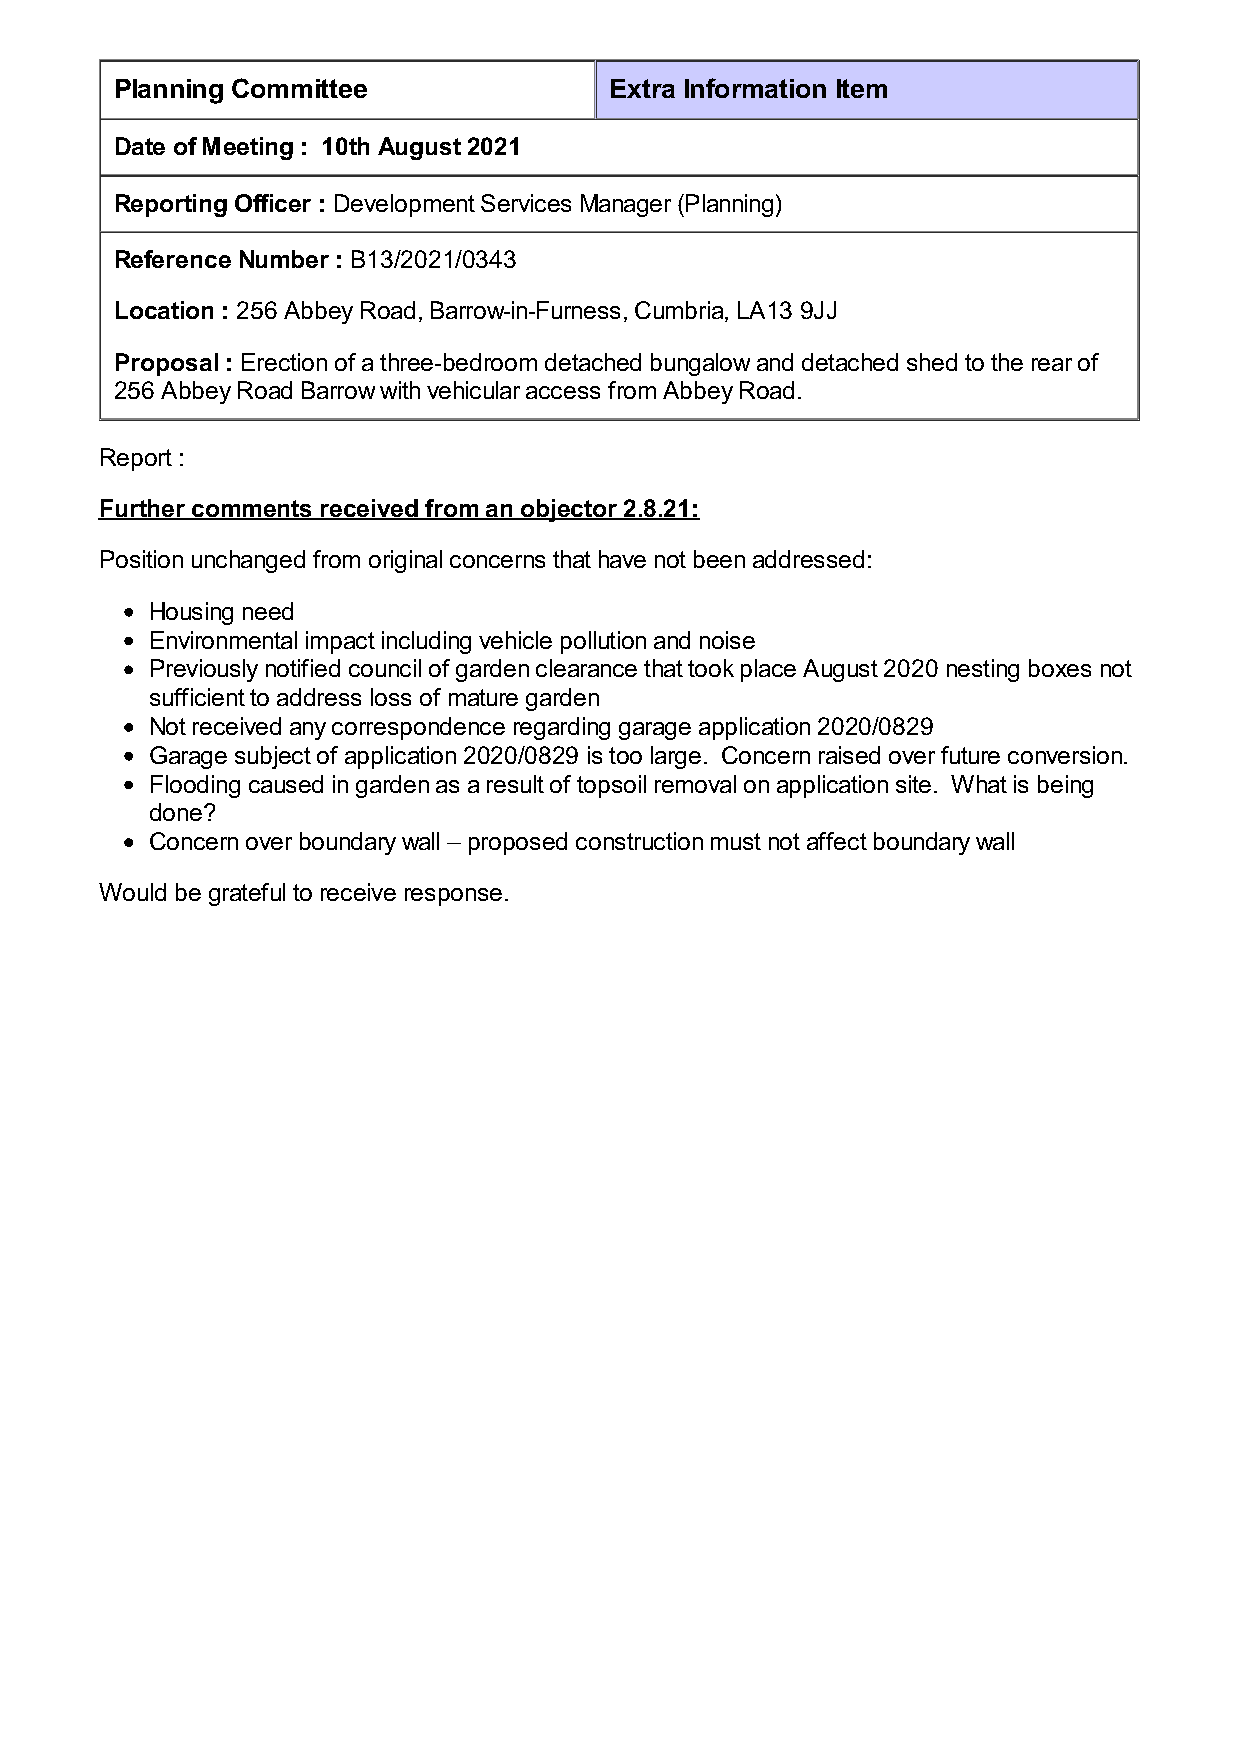
Planning Committee              Extra Information Item
 Date of Meeting : 10th August 2021
 Reporting Officer : Development Services Manager (Planning)
 Reference Number : B13/2021/0343
 Location : 256 Abbey Road, Barrow-in-Furness, Cumbria, LA13 9JJ
 Proposal : Erection of a three-bedroom detached bungalow and detached shed to the rear of
 256 Abbey Road Barrow with vehicular access from Abbey Road.
 Report :
 Further comments received from an objector 2.8.21:
 Position unchanged from original concerns that have not been addressed:
 Housing need
 Environmental impact including vehicle pollution and noise
 Previously notified council of garden clearance that took place August 2020 nesting boxes not
 sufficient to address loss of mature garden
 Not received any correspondence regarding garage application 2020/0829
 Garage subject of application 2020/0829 is too large. Concern raised over future conversion.
 Flooding caused in garden as a result of topsoil removal on application site. What is being
 done?
 Concern over boundary wall – proposed construction must not affect boundary wall
 Would be grateful to receive response.